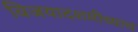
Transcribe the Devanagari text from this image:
विजयादशमीच्याच